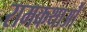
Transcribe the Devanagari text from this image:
रामकथाओं